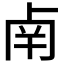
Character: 𠧲